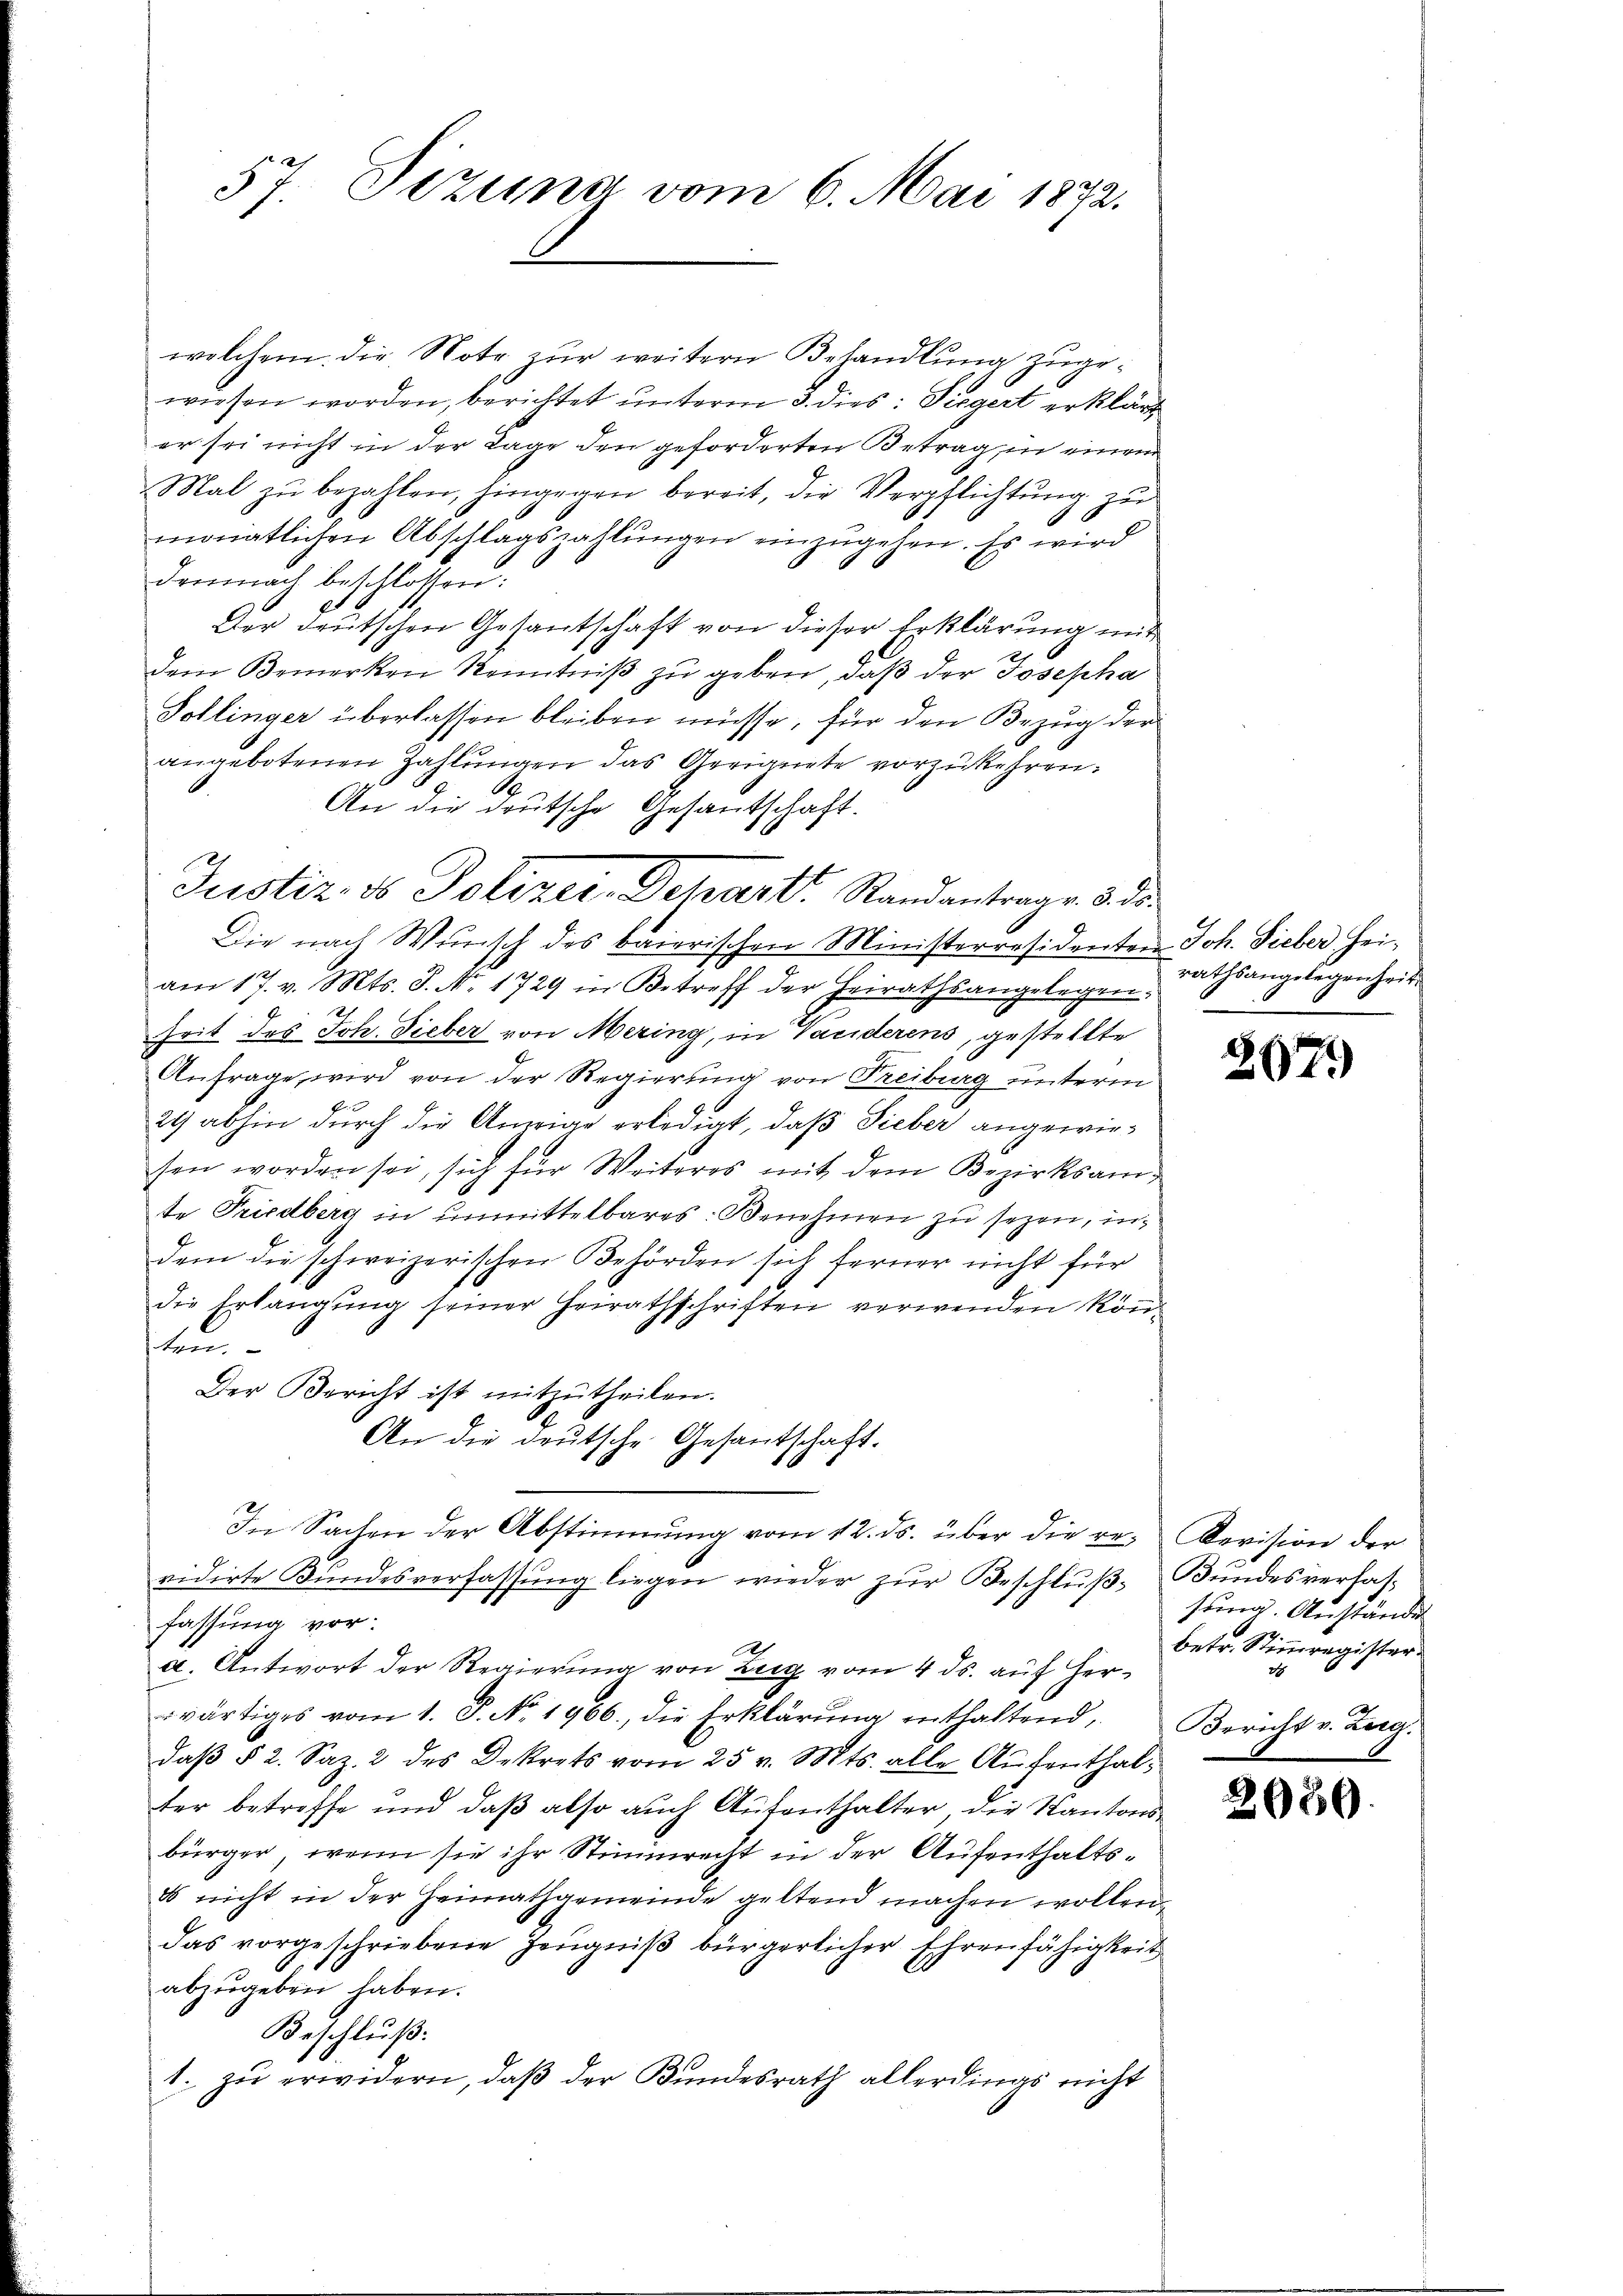
57. Dezuna vom 6. Mai 1872.

welchem die Note zur weitern Behandlung zugewiesen worden, berichtet unterm 3. dies: Siegert erklärt
er sei nicht in der Tage den geforderten Betrag, in einem
Mal zu bezahlen, hingegen bereit, die Verpflichtung zu
.
monatlichen Abschlagszahlungen einzugehen. Es wird
demnach beschlossen:
Der deutschen Gesantschaft von dieser Erklärung mit
dem Bemerken Kenntniβ zŭ geben, daß der Josepha
Pollinger überlassen bleiben müsse, für den Bezug der
angebotenen Zahlungen das Geeignete vorzukehren.
An die deutsche Gesantschaft.

Justiz, es Polizer-Scharts Standantrage 3. ds.

Die nach Wunsch des baierischen Ministerresidenten Joh. Sieber Heiam 17. v. Mts. S. Nr. 1729 in Betreff der Heirathsangelegen.
heit des Joh. Lieber von Mering, in Vanderens, gestellte
Anfrage wird von der Regierung von Freiburg unterm
29 abhin durch die Anzeige erledigt, daß Sieber angewiesen worden sei, sich für Weiteres mit dem Bezirksamte Friedberg in unmittelbares: Benehmen zu sezen, indem die schweizerischen Behörden sich ferner nicht für
die Erlangung seiner Heirathschriften verwenden köndten
Der Bericht ist mitzŭtheilen.
An die deutsche Gesantschaft.
In Sachen der Abstimmung vom 12. ds. über die re- Revision der
vidirte Bundesverfassung liegen wieder zur Beschluß, Bundesverfahfassung vor.
a. Antwort der Regierung von Zug vom 4. ds. auf Herwärtiges vom 1. J. No. 1966. die Erklärŭng enthaltend,
daβ § 2. Saz. 2 des Dekrets vom 25. v. Mts. alle Aŭfenthal-
ter betreffe und daß also auch Aufenthalter die Kantonsbürger, wenn sie ihr Stimmrecht in der Aufenthalts-
s nicht in der Heimathgemeinde geltend machen wollen,
das vorgeschriebene Zeŭgniβ bürgerlicher Ehrenfähigkeit
abzŭgeben haben.
Beschluß:
1. zu erwidern, daß der Bundesrath allerdings nicht

rathsangelegenheit.

207)

sung. Anständi
betr. Stimmregister
e
Bericht v. Zerg.

2030